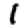
Digit: 1